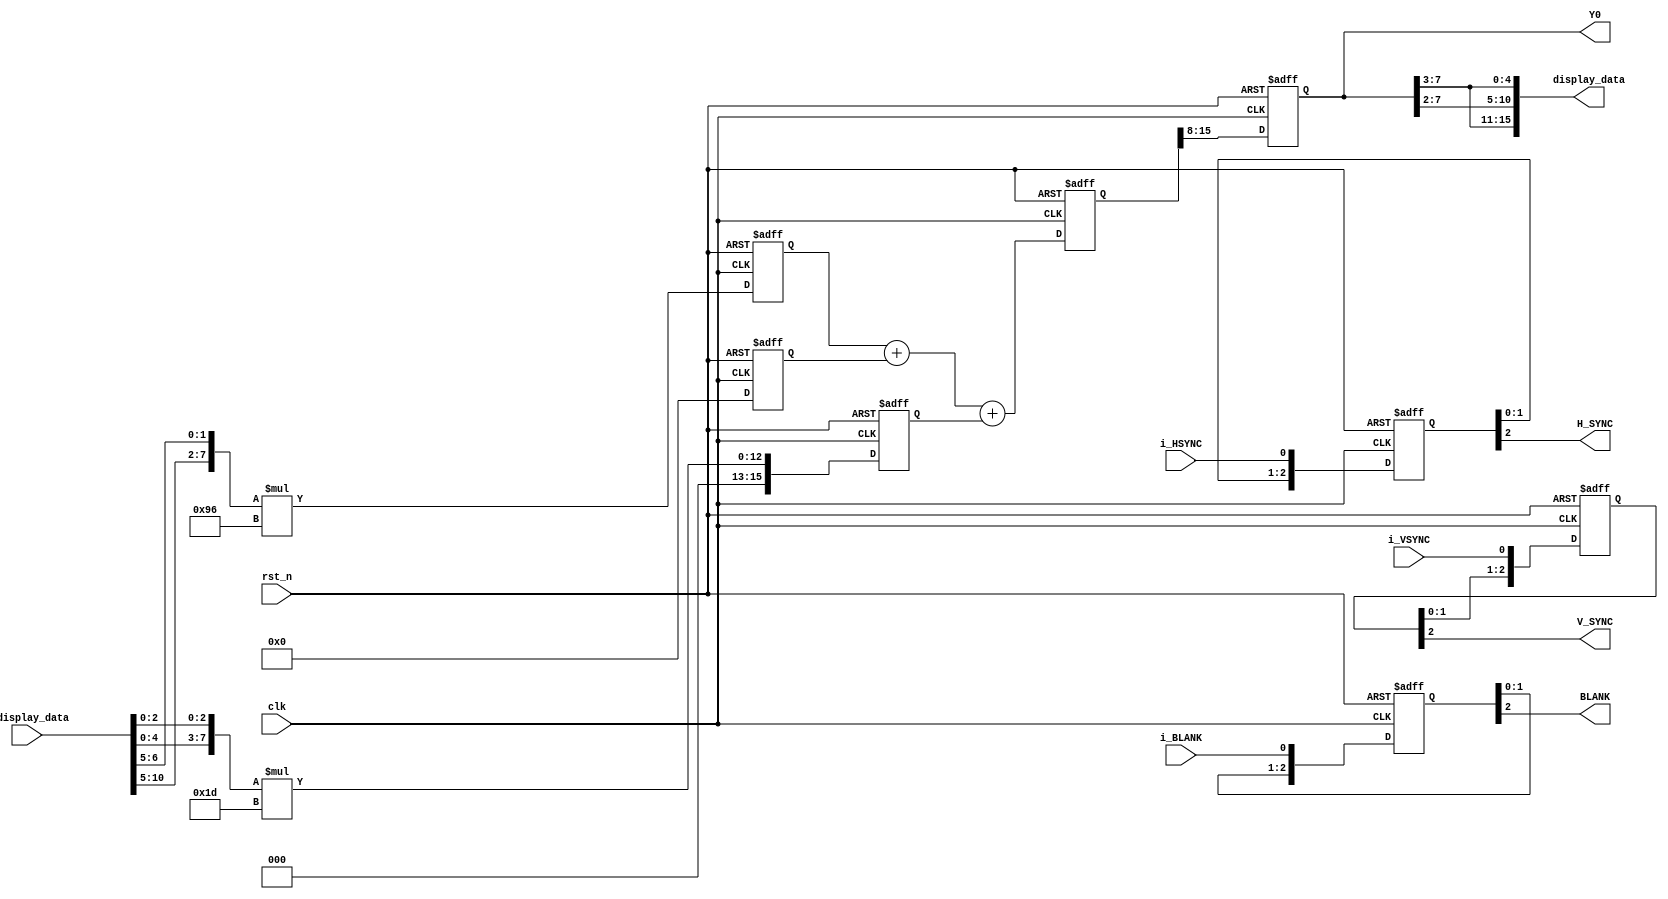
module RGB2YUV(
  input clk,
  input rst_n,
  input i_HSYNC,
  input i_VSYNC,
  input i_BLANK,
  input [15:0] i_display_data,
  output H_SYNC,
  output V_SYNC,
  output BLANK,
  output reg [7:0] Y0,
  output [15:0] display_data
    );
  reg [15:0]r0; reg [15:0]r1; reg [15:0]r2; reg [15:0]g0; reg [15:0]g1; reg [15:0]g2; reg [15:0]b0; reg [15:0]b1; reg [15:0]b2;
  reg [15:0]y0; reg [15:0]u0; reg [15:0]v0;
  reg [7:0] U0; reg [7:0] V0;
  reg [2:0] r_hsync;
  reg [2:0] r_vsync;
  reg [2:0] r_blank;
  wire [7:0] R8;
  wire [7:0] G8;
  wire [7:0] B8;
  assign R8 = {i_display_data[15:11], i_display_data[13:11]};
  assign G8 = {i_display_data[10:5], i_display_data[6:5]};
  assign B8 = {i_display_data[4:0], i_display_data[2:0]};
  
  always @(posedge clk or negedge rst_n) begin
      if(!rst_n) begin
        {r0, g0, b0} <= {16'b0, 16'b0, 16'b0};
        {r1, g1, b1} <= {16'b0, 16'b0, 16'b0};
        {r2, g2, b2} <= {16'b0, 16'b0, 16'b0};
      end
      else begin
        {r0, g0, b0} <= {R8*77, G8*150, B8*29};
        {r1, g1, b1} <= {R8*43, G8*85, B8*128};
        {r2, g2, b2} <= {R8*128, G8*107, B8*21};
      end
  end

  always @(posedge clk or negedge rst_n) begin
      if(!rst_n) begin
        y0 <= 16'b0;
        u0 <= 16'b0;
        v0 <= 16'b0;
      end
      else begin
        y0 <= r0 + g0 + b0;
        u0 <= b1 - r1 - g1 + 32768;
        v0 <= r2 - g2 - b2 + 32768;
      end
  end

  always @(posedge clk or negedge rst_n) begin
      if(!rst_n) begin
        Y0 <= 7'b0;
        U0 <= 7'b0;
        V0 <= 7'b0;
      end
      else begin
        Y0 <= y0 >> 8;
        U0 <= u0 >> 8;
        V0 <= v0 >> 8;
      end
  end
  assign display_data = {Y0[7:3], Y0[7:2], Y0[7:3]};

  always @(posedge clk or negedge rst_n) begin
      if(!rst_n) begin
        r_vsync <= 3'b0;
      end
      else begin
        r_vsync <= {r_vsync[1:0], i_VSYNC};
      end
  end

  always @(posedge clk or negedge rst_n) begin
      if(!rst_n) begin
        r_hsync <= 3'b0;
      end
      else begin
        r_hsync <= {r_hsync[1:0], i_HSYNC};
      end
  end

  always @(posedge clk or negedge rst_n) begin
      if(!rst_n) begin
        r_blank <= 3'b0;
      end
      else begin
        r_blank <= {r_blank[1:0], i_BLANK};
      end
  end

  assign H_SYNC = r_hsync[2];
  assign V_SYNC = r_vsync[2];
  assign BLANK = r_blank[2];
endmodule